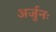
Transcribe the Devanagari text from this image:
अर्जुनः